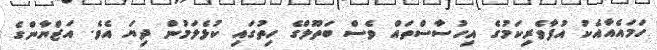
ހަމައެއާއެކު އުފާވެރިކަމުގެ އިހުސާސްތައް ވެސް ބަތޫލްގެ ހިތުގައި ކުޅެލަމުން ދިޔަ އެވެ. އަޒްޔާންގެ